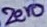
Text: Zero